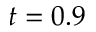
t = 0 . 9